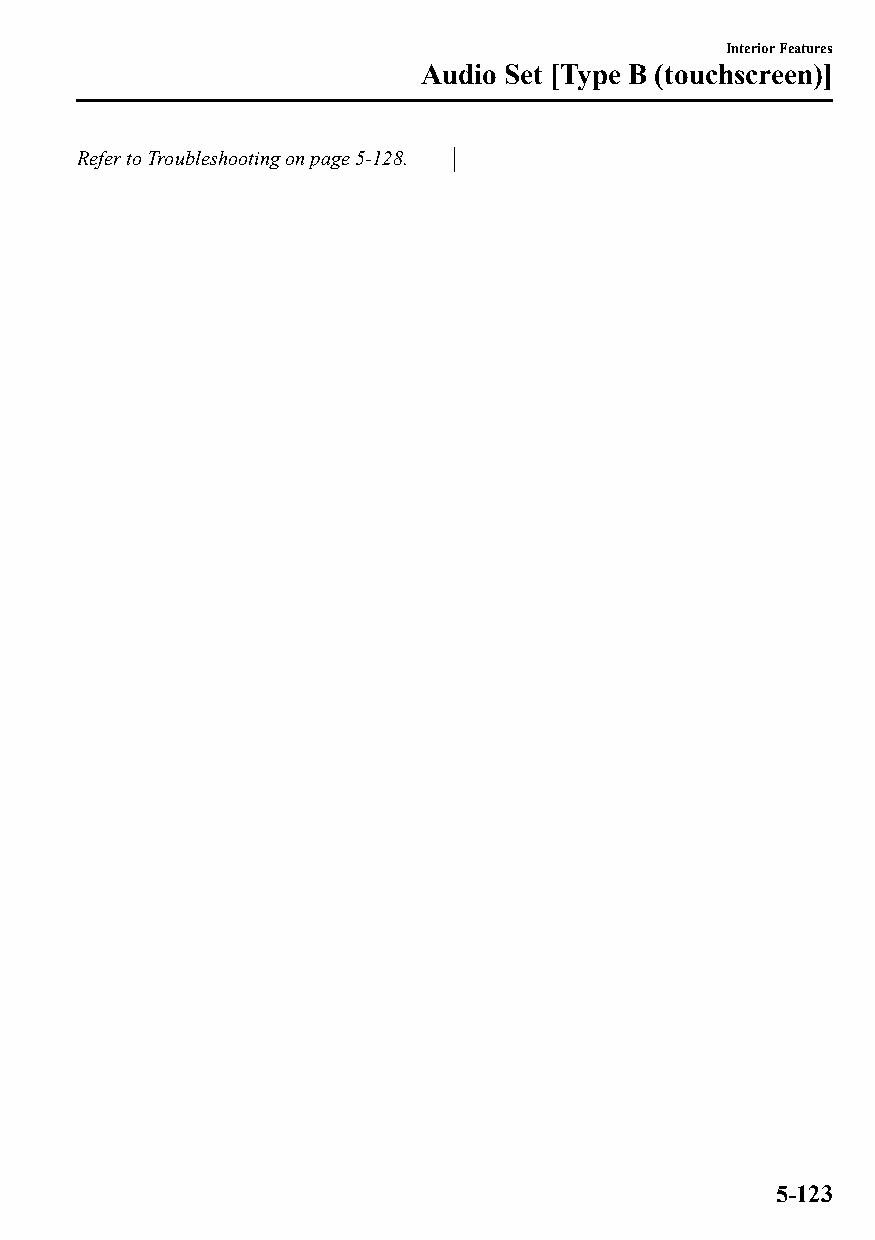
Interior Features
 Audio Set [Type B (touchscreen)]
 Refer to Troubleshooting on page 5-128.
 5-123
 CX-3_8GT4-EE-18D_Edition4                  2018-9-6 18:32:19